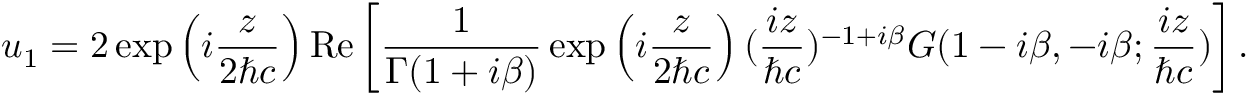
u _ { 1 } = 2 \exp \left( i \frac { z } { 2 { \hbar } c } \right) \mathrm { R e } \left[ \frac { 1 } { { \Gamma } ( 1 + i { \beta } ) } \exp \left( i \frac { z } { 2 { \hbar } c } \right) ( \frac { i z } { { \hbar } c } ) ^ { - 1 + i { \beta } } G ( 1 - i { \beta } , - i { \beta } ; \frac { i z } { { \hbar } c } ) \right] .